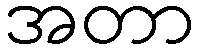
အတာ